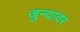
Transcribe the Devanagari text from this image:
जुन्यावर